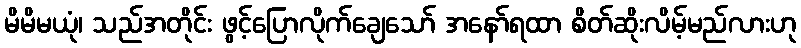
မိမိမယုံ၊ သည်အတိုင်း ဖွင့်ပြောလိုက်ချေသော် အနော်ရထာ စိတ်ဆိုးလိမ့်မည်လားဟု